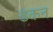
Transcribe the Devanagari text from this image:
डकन